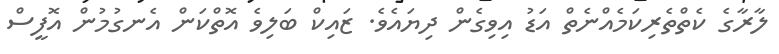
ލާރާގެ ކެތްތެރިކަމެއްނެތް އަޑު އިވިގެން ދިޔައެވެ. ޒައިކް ބަލިވެ އޮތްކަން އެނގުމުން އޮފީސް